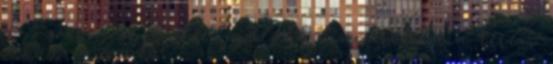
az ő szerencséje, de legalább nincs messze a terem.